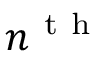
n ^ { \mathrm { ~ t ~ h ~ } }